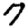
Digit: 7